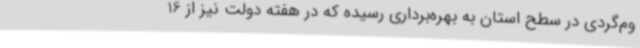
وم‌گردی در سطح استان به بهره‌برداری رسیده که در هفته دولت نیز از 16